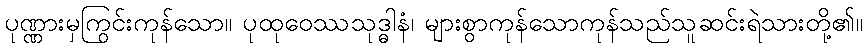
ပုဏ္ဏားမှကြွင်းကုန်သော။ ပုထုဝေဿသုဒ္ဓါနံ၊ များစွာကုန်သောကုန်သည်သူဆင်းရဲသားတို့၏။